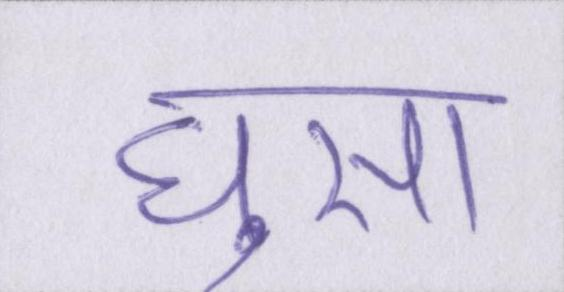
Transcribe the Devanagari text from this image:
घुसा